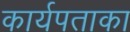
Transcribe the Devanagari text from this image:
कार्यपताका